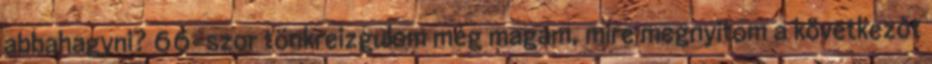
abbahagyni? 66-szor tönkreizgulom még magam, mire megnyitom a következőt